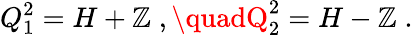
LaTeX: Q_{1}^{2}=H+{\cal\mathbb{Z}}\; ,\quadQ_{2}^{2}=H-{\cal\mathbb{Z}}\; .